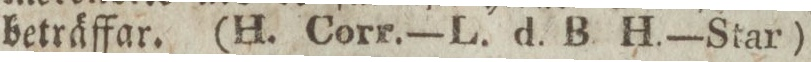
beträffar. (H. Corr.—L. d. B. H.—Star)